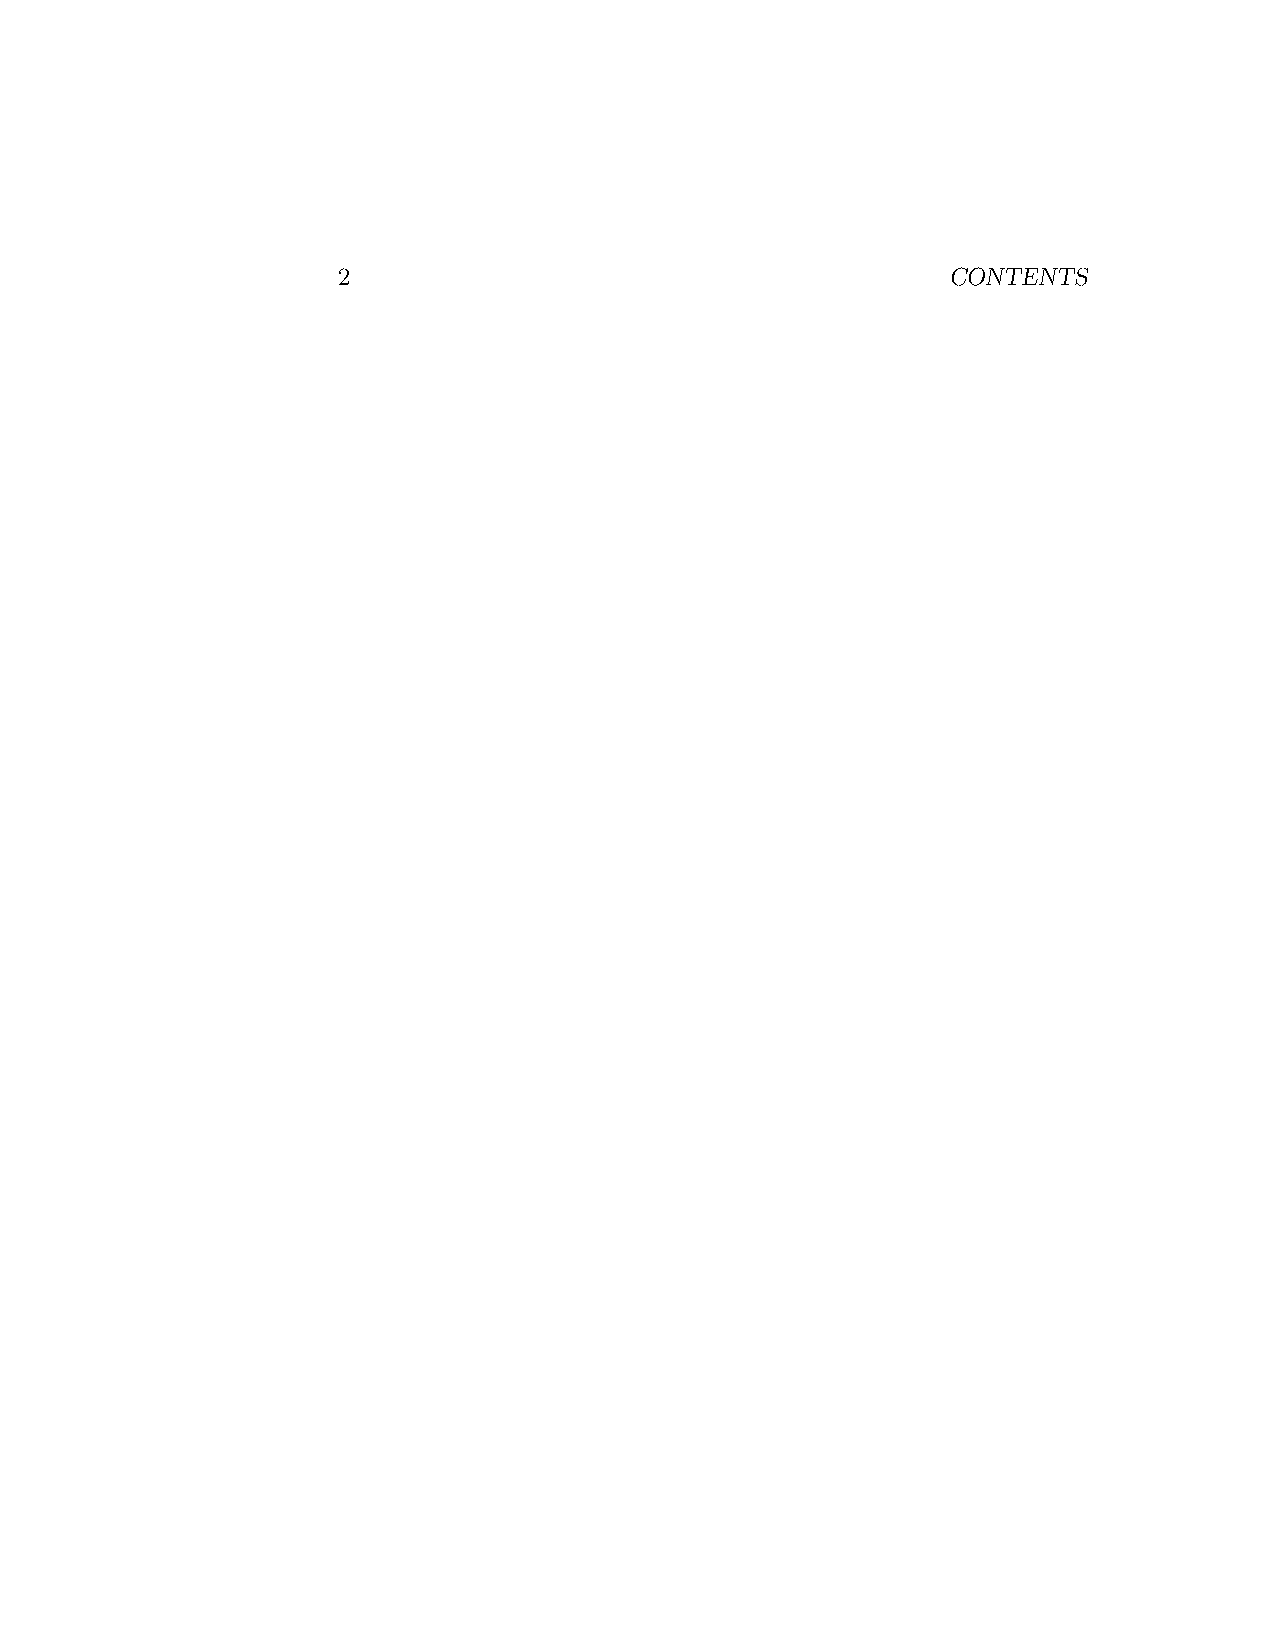
2                                        CONTENTS